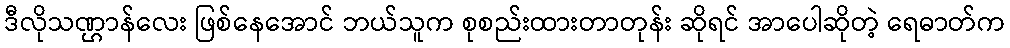
ဒီလိုသဏ္ဌာန်လေး ဖြစ်နေအောင် ဘယ်သူက စုစည်းထားတာတုန်း ဆိုရင် အာပေါဆိုတဲ့ ရေဓာတ်က